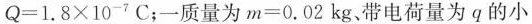
$$Q = 1 . 8 \times 1 0 ^ { - 7 } C$$；一质量为$$m = 0 . 0 2 k g$$、带电荷量为q的小